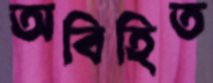
অবিহিত